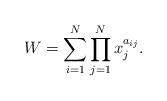
LaTeX: \begin{align*}W=\sum_{i=1}^{N}\prod_{j=1}^{N}x_j^{a_{ij}}.\end{align*}